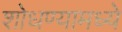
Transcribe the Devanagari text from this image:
शोधण्यामध्ये